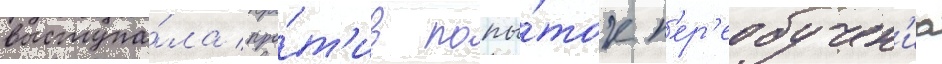
выступа́ла про́т'ив попы́ток п'ер'еобучен'иа